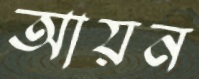
আয়ন